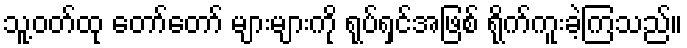
သူ့ဝတ်ထု တော်တော် များများကို ရုပ်ရှင်အဖြစ် ရိုက်ကူးခဲ့ကြသည်။